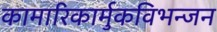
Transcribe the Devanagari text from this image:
कामारिकार्मुकविभन्जन